Annual report on the working of the mental hospitals in the Madras Presidency - 1912-1932
Year: 1912
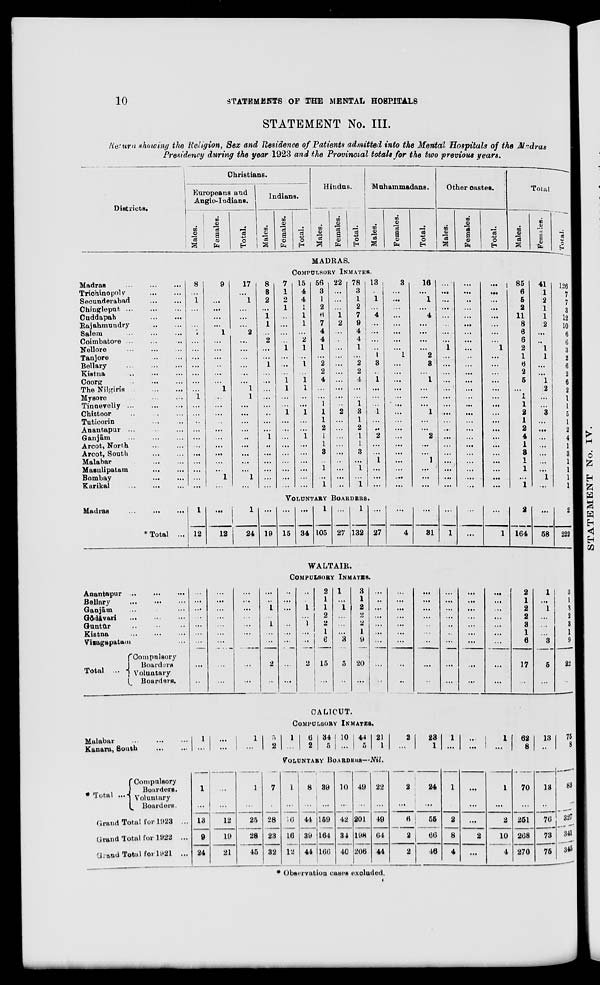
10
STATEMENTS
OF THE MENTAL HOSPITALS
STATEMENT No. III.
Return showing the Religion, Sex and Residence of Patients admitted into the Mental Hospitals of the Madras
Presidency during the year 1923 and the Provincial totals for the two previous years.
Districts.
Christians.
Europeans and
Anglo-Indians.
Males.
Females.
Total.
Indians.
Males.
Females.
Total.
Hindus.
Males.
Females.
Total.
Muhammadans.
Males.
Females.
Total.
Other castes.
Males.
Females.
Total.
Total.
Males.
Females.
Total.
MADRAS.
COMPULSORY INMATES.
Madras ... ... ...
Trichinopoly ... ...
Secunderabad ... ...
Chingleput
...
...
...
Cuddapah
...
...
Rajahmundry ... ...
Salem ... ... ...
Coimbatore ... ... ...
Nellore
...
...
...
Tanjore
...
...
Bellary
...
...
...
Kistna
...
...
...
Coorg ... ... ...
The Nilgiris
...
...
...
Mysore ... ...
Tinnevelly ... ... ...
Chittoor ... ... ...
Tuticorin ... ... ...
Anantapur ... ... ...
Ganjām
...
...
...
Arcot, North
...
...
Arcot, South ... ...
Malabar ... ...
Masulipatam ... ...
Bombay
...
...
Karikal
...
...
...
8
...
1
...
...
...
1
...
...
...
...
...
...
...
1
...
...
...
...
...
...
...
...
...
...
...
9
...
...
...
...
...
1
...
...
...
...
...
...
1
...
...
...
...
...
...
...
...
...
...
1
...
17
...
1
...
...
...
2
...
...
...
...
...
...
1
1
...
...
...
...
...
...
...
...
...
1
...
8
3
2
...
1
1
...
2
...
...
1
...
...
...
...
...
...
...
...
1
...
...
...
...
...
...
7
1
2
1
...
...
...
...
1
...
...
...
1
1
...
...
1
...
...
...
...
...
...
...
...
...
15
4
4
1
1
1
...
2
1
...
1
...
1
1
...
...
1
...
...
1
...
...
...
...
...
...
56
3
1
2
6
7
4
4
1
...
2
2
4
...
...
1
1
1
2
1
1
3
...
1
...
1
22
...
...
...
1
2
...
...
...
...
...
...
...
...
...
...
2
...
...
...
...
...
...
...
...
...
78
3
1
2
7
9
4
4
1
...
2
2
4
...
...
1
3
1
2
1
1
3
...
1
...
1
13
...
1
...
4
...
...
...
...
1
3
...
1
...
...
...
1
...
...
2
...
...
1
...
...
...
3
...
...
...
...
...
...
...
...
1
...
...
...
...
...
...
...
...
...
...
...
...
...
...
...
...
16
...
1
...
4
...
...
...
...
2
3
...
1
...
...
...
1
...
...
2
...
...
1
...
...
...
...
...
...
...
...
...
...
...
1
...
...
...
...
...
...
...
...
...
...
...
...
...
...
...
...
...
...
...
...
...
...
...
...
...
...
...
...
...
...
...
...
...
...
...
...
...
...
...
...
...
...
...
...
...
...
...
...
...
...
...
1
...
...
...
...
...
...
...
...
...
...
...
...
...
...
...
...
...
85
6
5
2
11
8
6
6
2
1
6
2
5
...
1
1
2
1
2
4
1
3
1
1
...
1
41
1
2
1
1
2
...
...
1
1
...
...
1
2
...
...
3
...
...
...
...
...
...
...
1
...
126
7
7
3
12
10
6
6
3
2
6
2
6
2
1
1
5
1
2
4
1
3
1
1
1
1
VOLUNTARY BOARDERS.
Madras ... ... ...
*Total
...
1
12
...
12
1
24
...
19
...
15
...
34
1
105
...
27
1
132
...
27
...
4
...
31
...
1
...
...
...
1
2
164
...
58
2
222
WALTAIR.
COMPULSORY INMATES.
Anantapur
...
...
...
Bellary
...
...
...
Ganjām ... ... ...
Gōdāvari ... ... ...
Guntūr ... ... ...
Kistna
...
...
...
Vizagapatam ... ...
Total ...
Compulsory
Boarders
Voluntary
Boarders.
...
...
...
...
...
...
...
...
...
...
...
...
...
...
...
...
...
...
...
...
...
...
...
...
...
...
...
...
...
1
...
1
...
...
2
...
...
...
...
...
...
...
...
...
...
...
...
1
...
1
...
...
2
...
2
1
1
2 2
1
6
15
...
1
...
1
...
...
...
3
5
...
3
1
2
2
2
1
9
20
...
...
...
...
...
...
...
...
...
...
...
...
...
...
...
...
...
...
...
...
...
...
...
...
...
...
...
...
...
...
...
...
...
...
...
...
...
...
...
...
...
...
...
...
...
...
...
...
...
...
...
...
...
...
...
2
1
2
2
3
1
6
17
...
1
...
1
...
...
...
3
5
...
3
1
3
2
3
1
9
22
...
CALICUT.
COMPULSORY INMATES.
Malabar ... ... ...
Kanara, South ... ...
1
...
...
...
1
...
5
2
1
...
6
2
34
5
10
...
44
5
21
1
2
...
23
1
1
...
...
...
1
...
62
8 13
...
75
8
VOLUNTARY BOARDERS—Nil.
* Total ...
Compulsory
Boarders.
Voluntary
Boarders.
Grand Total for 1923 ...
Grand Total for 1922 ...
Grand Total for 1921 ...
1
...
13
9
24
...
...
12
19
21
1
...
25
28
45
7
...
28
23
32
1
...
16
16
12
8
...
44
39
44
39
...
159
164
166
10
...
42
34
40
49
...
201
198
206
22
...
49
64
44
2
...
6
2
2
24
...
55
66
46
1
...
2
8
4
...
...
...
2
...
1
...
2
10
4
70
...
251
268
270
13
...
76
73
75
83
...
327
341
345
* Observation cases excluded.